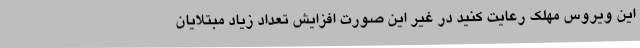
این ویروس مهلک رعایت کنید در غیر این صورت افزایش تعداد زیاد مبتلایان